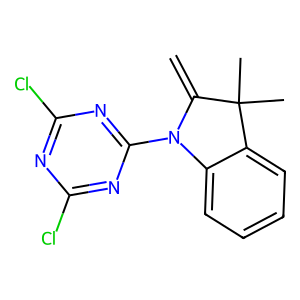
SMILES: C=C1N(c2nc(Cl)nc(Cl)n2)c2ccccc2C1(C)C
Inhibits HIV replication: No